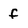
Character: f